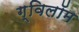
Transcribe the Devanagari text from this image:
ग्विलॉम